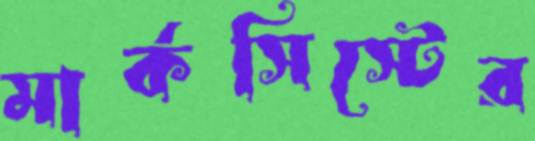
মার্কসিস্টের